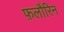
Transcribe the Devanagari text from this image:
फ़लौरिन